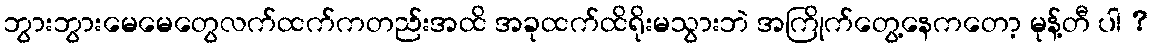
ဘွားဘွားမေမေတွေလက်ထက်ကတည်းအထိ အခုထက်ထိရိုးမသွားဘဲ အကြိုက်တွေ့နေကတော့ မုန့်တီ ပါ ?